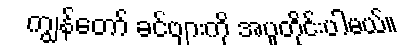
ကျွန်တော် ခင်ဗျားကို အပူတိုင်းပါမယ်။